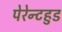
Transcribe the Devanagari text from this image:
पेरेन्टहुड